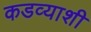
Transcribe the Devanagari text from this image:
कडव्याशी